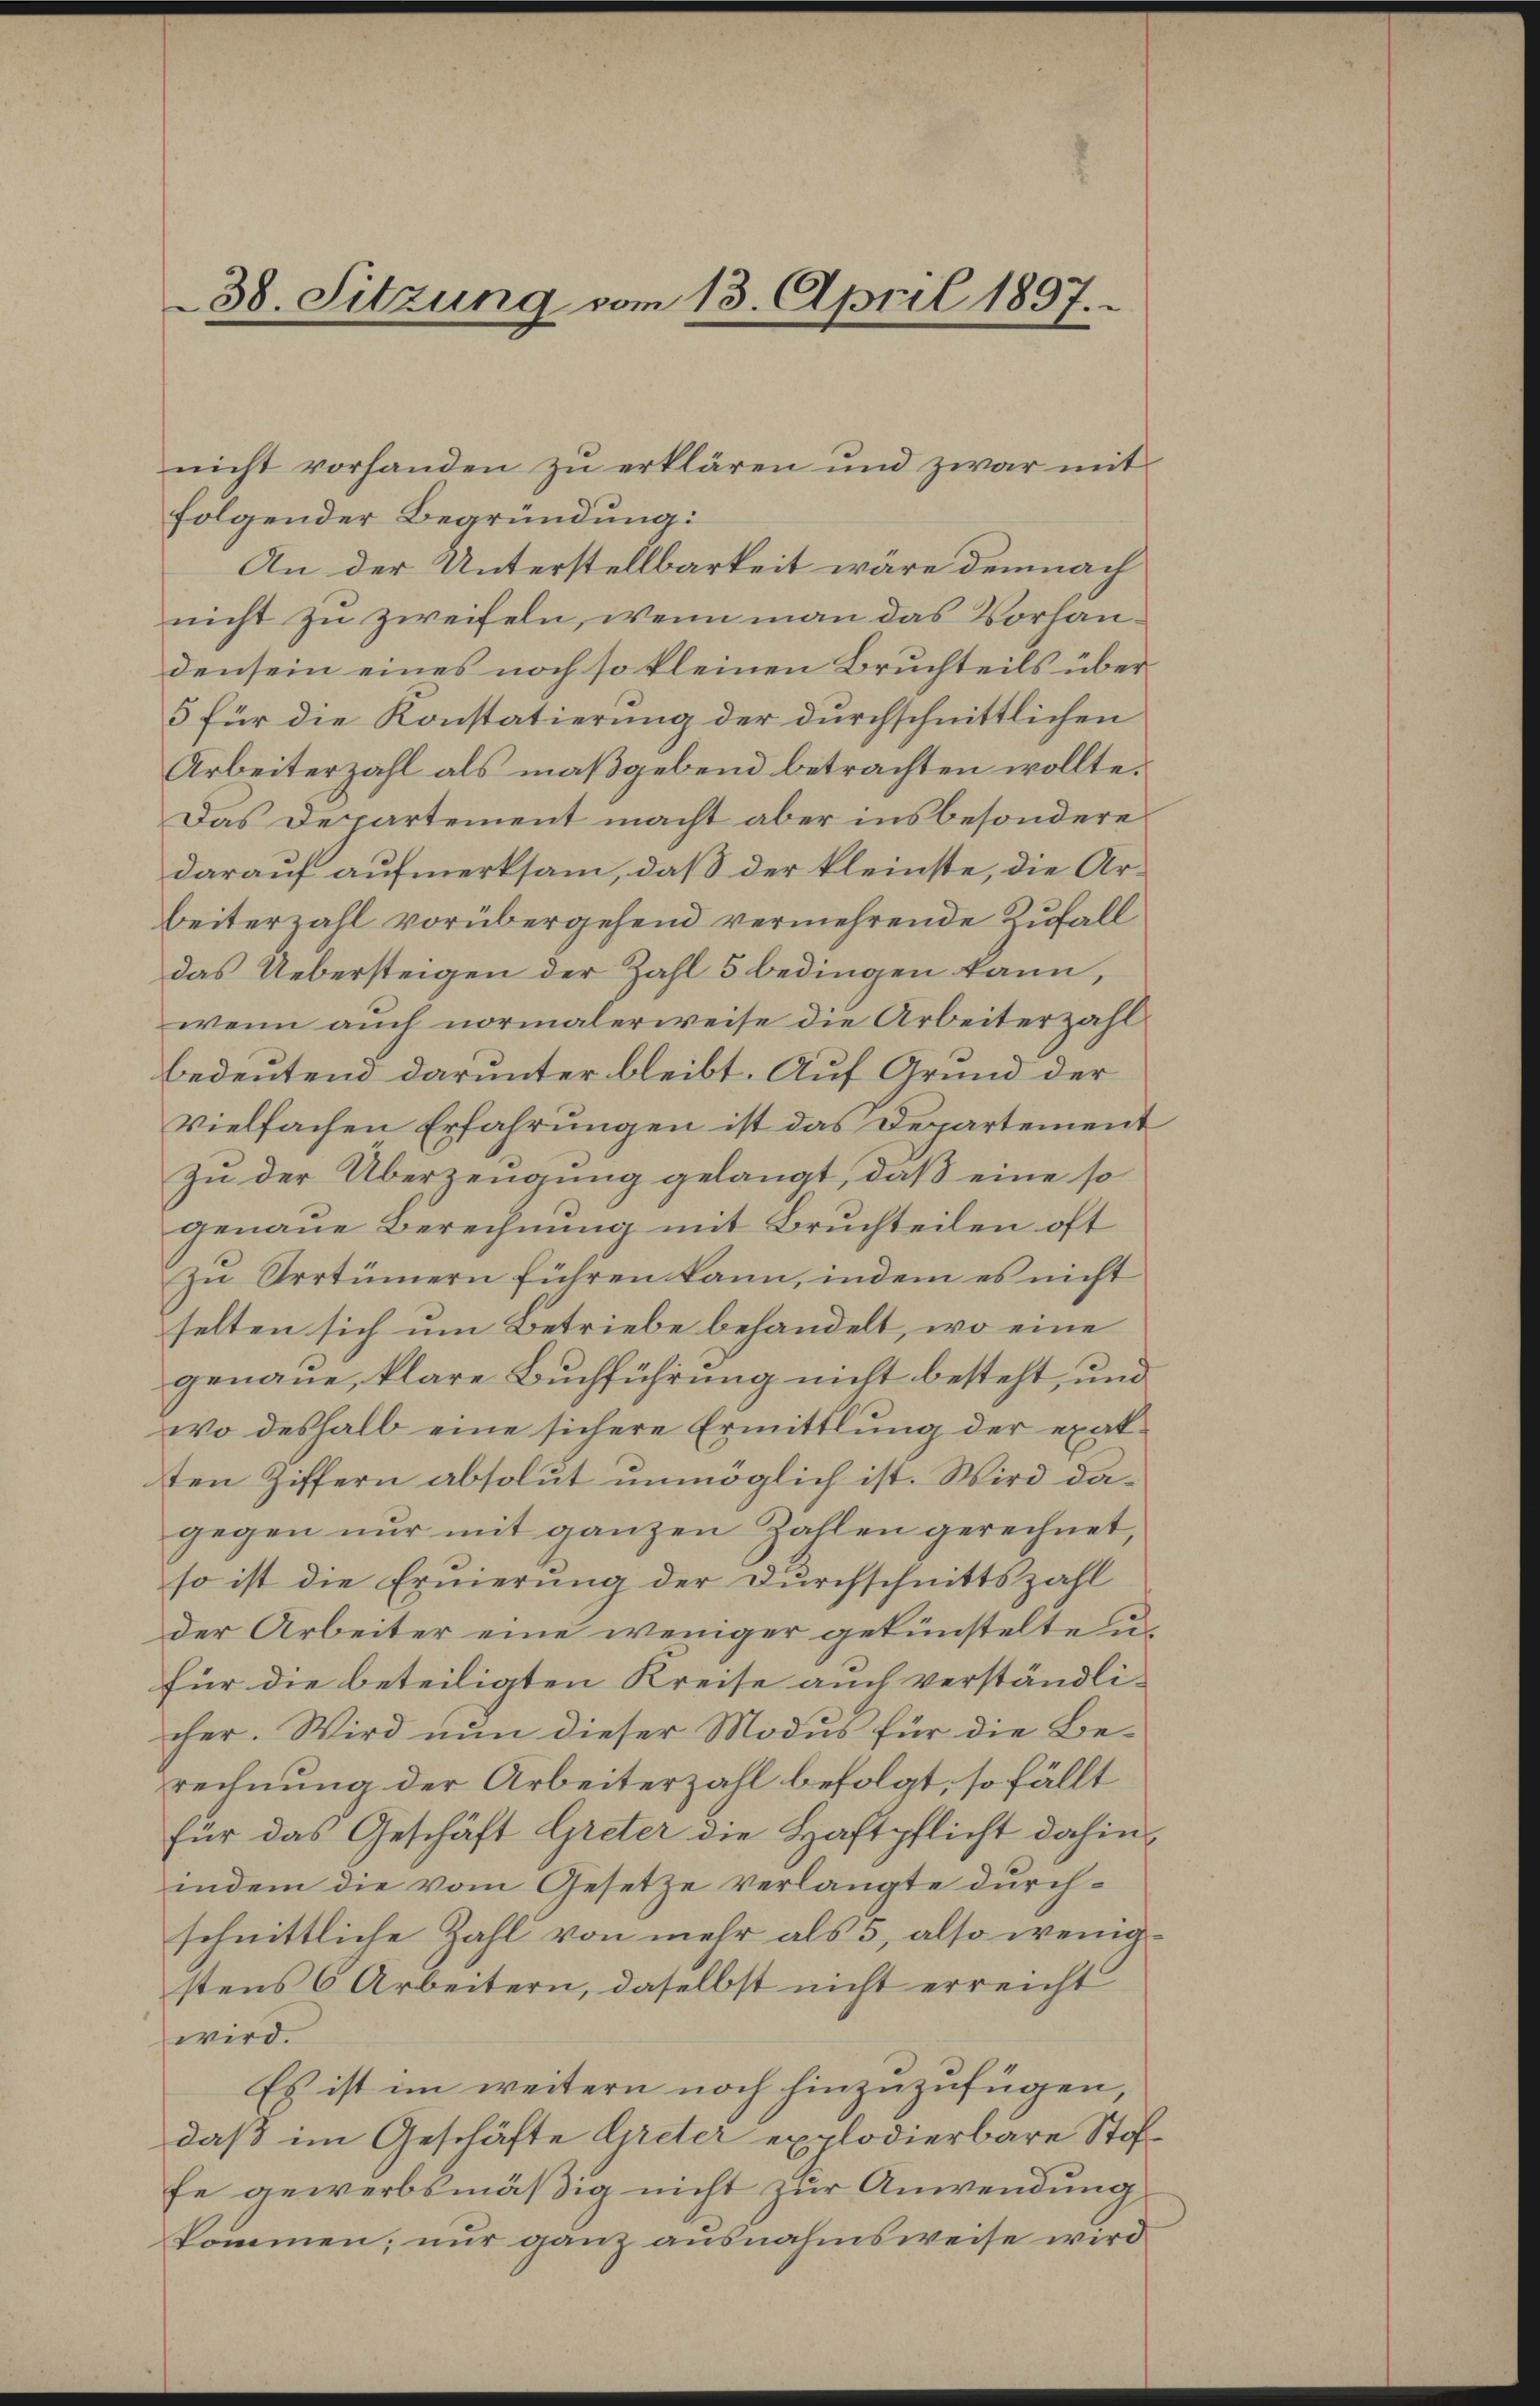
38. Sitzung vom 13. April 1897.

nicht vorhanden zu erklären und zwar mit
folgender Begründung:
An der Unterstellbarkeit wäre demnach
nicht zu zweifeln, wenn man das Vorhandensein eines noch so kleinen Bruchteils über¬
5 für die Konstatierung der durchschnittlichen
Arbeiterzahl als maßgebend betrachten wollte.
Das Departement macht aber insbesondere
darauf aufmerksam, daß der kleinste, die Arbeiterzahl vorübergehend vermehrende Zufall
das Uebersteigen der Zahl 5 bedingen kann,
wenn auch normalerweise die Arbeiterzahl
bedeutend darunter bleibt. Auf Grund der
vielfachen Erfahrungen ist das Departement
Zu der Überzeugung gelangt, daß eine so
genaue Berechnung mit Bruchteilen oft
zu Urrtümern führen kann, indem es nicht
selten sich um Betriebe behandelt, wo eine
genaue, klare Buchführung nicht besteht, und
wo deshalb eine sichere Ermittlung der exat-
ten Ziffern absolut unmöglich ist. Wird dagegen nur mit ganzen Zahlen gerechnet,
so ist die Eruierung der Durchschnittszahl
der Arbeiter eine weniger gekünstelte u.
für die beteiligten Kreise auch verständli-
cher. Wird nun dieser Modus für die Be-
rechnung der Arbeiterzahl befolgt, so fällt
für das Geschäft Greter die Haftpflicht dahin,
indem die vom Gesetze verlangte durchschnittliche Zahl von mehr als 5, also wenigstens 6 Arbeitern, daselbst nicht erreicht
wird.
Es ist im weitern noch hinzuzufügen,
daß im Geschäfte Greter explodierbare Stoffe gewerbsmäßig nicht zur Anwendung
kommen; nur ganz ausnahmsweise wird